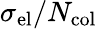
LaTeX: \sigma_{\mathrm{el}}/N_{\mathrm{col}}